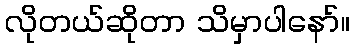
လိုတယ်ဆိုတာ သိမှာပါနော်။